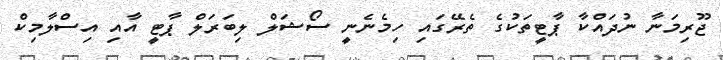
ޖޫރިމަނާ ނުދައްކާ ޕާޓީތަކުގެ ތެރޭގައި ހިމެނެނީ ސޯޝަލް ލިބަރަލް ޕާޓީ އާއި އިސްލާމިކް